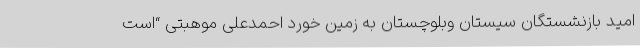
امید بازنشستگان سیستان وبلوچستان به زمین خورد احمدعلی موهبتی “است